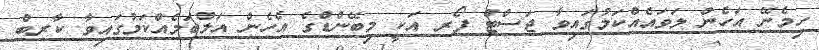
ހިމެނޭ އަހެން ލަވައެއްކަމުގައިވާ ޖަސްޓް ފޯރ އަކީ މިބޭންޑްގެ އެހެން އަލްބަމެއްކަމުގައިވާ ކާރބް